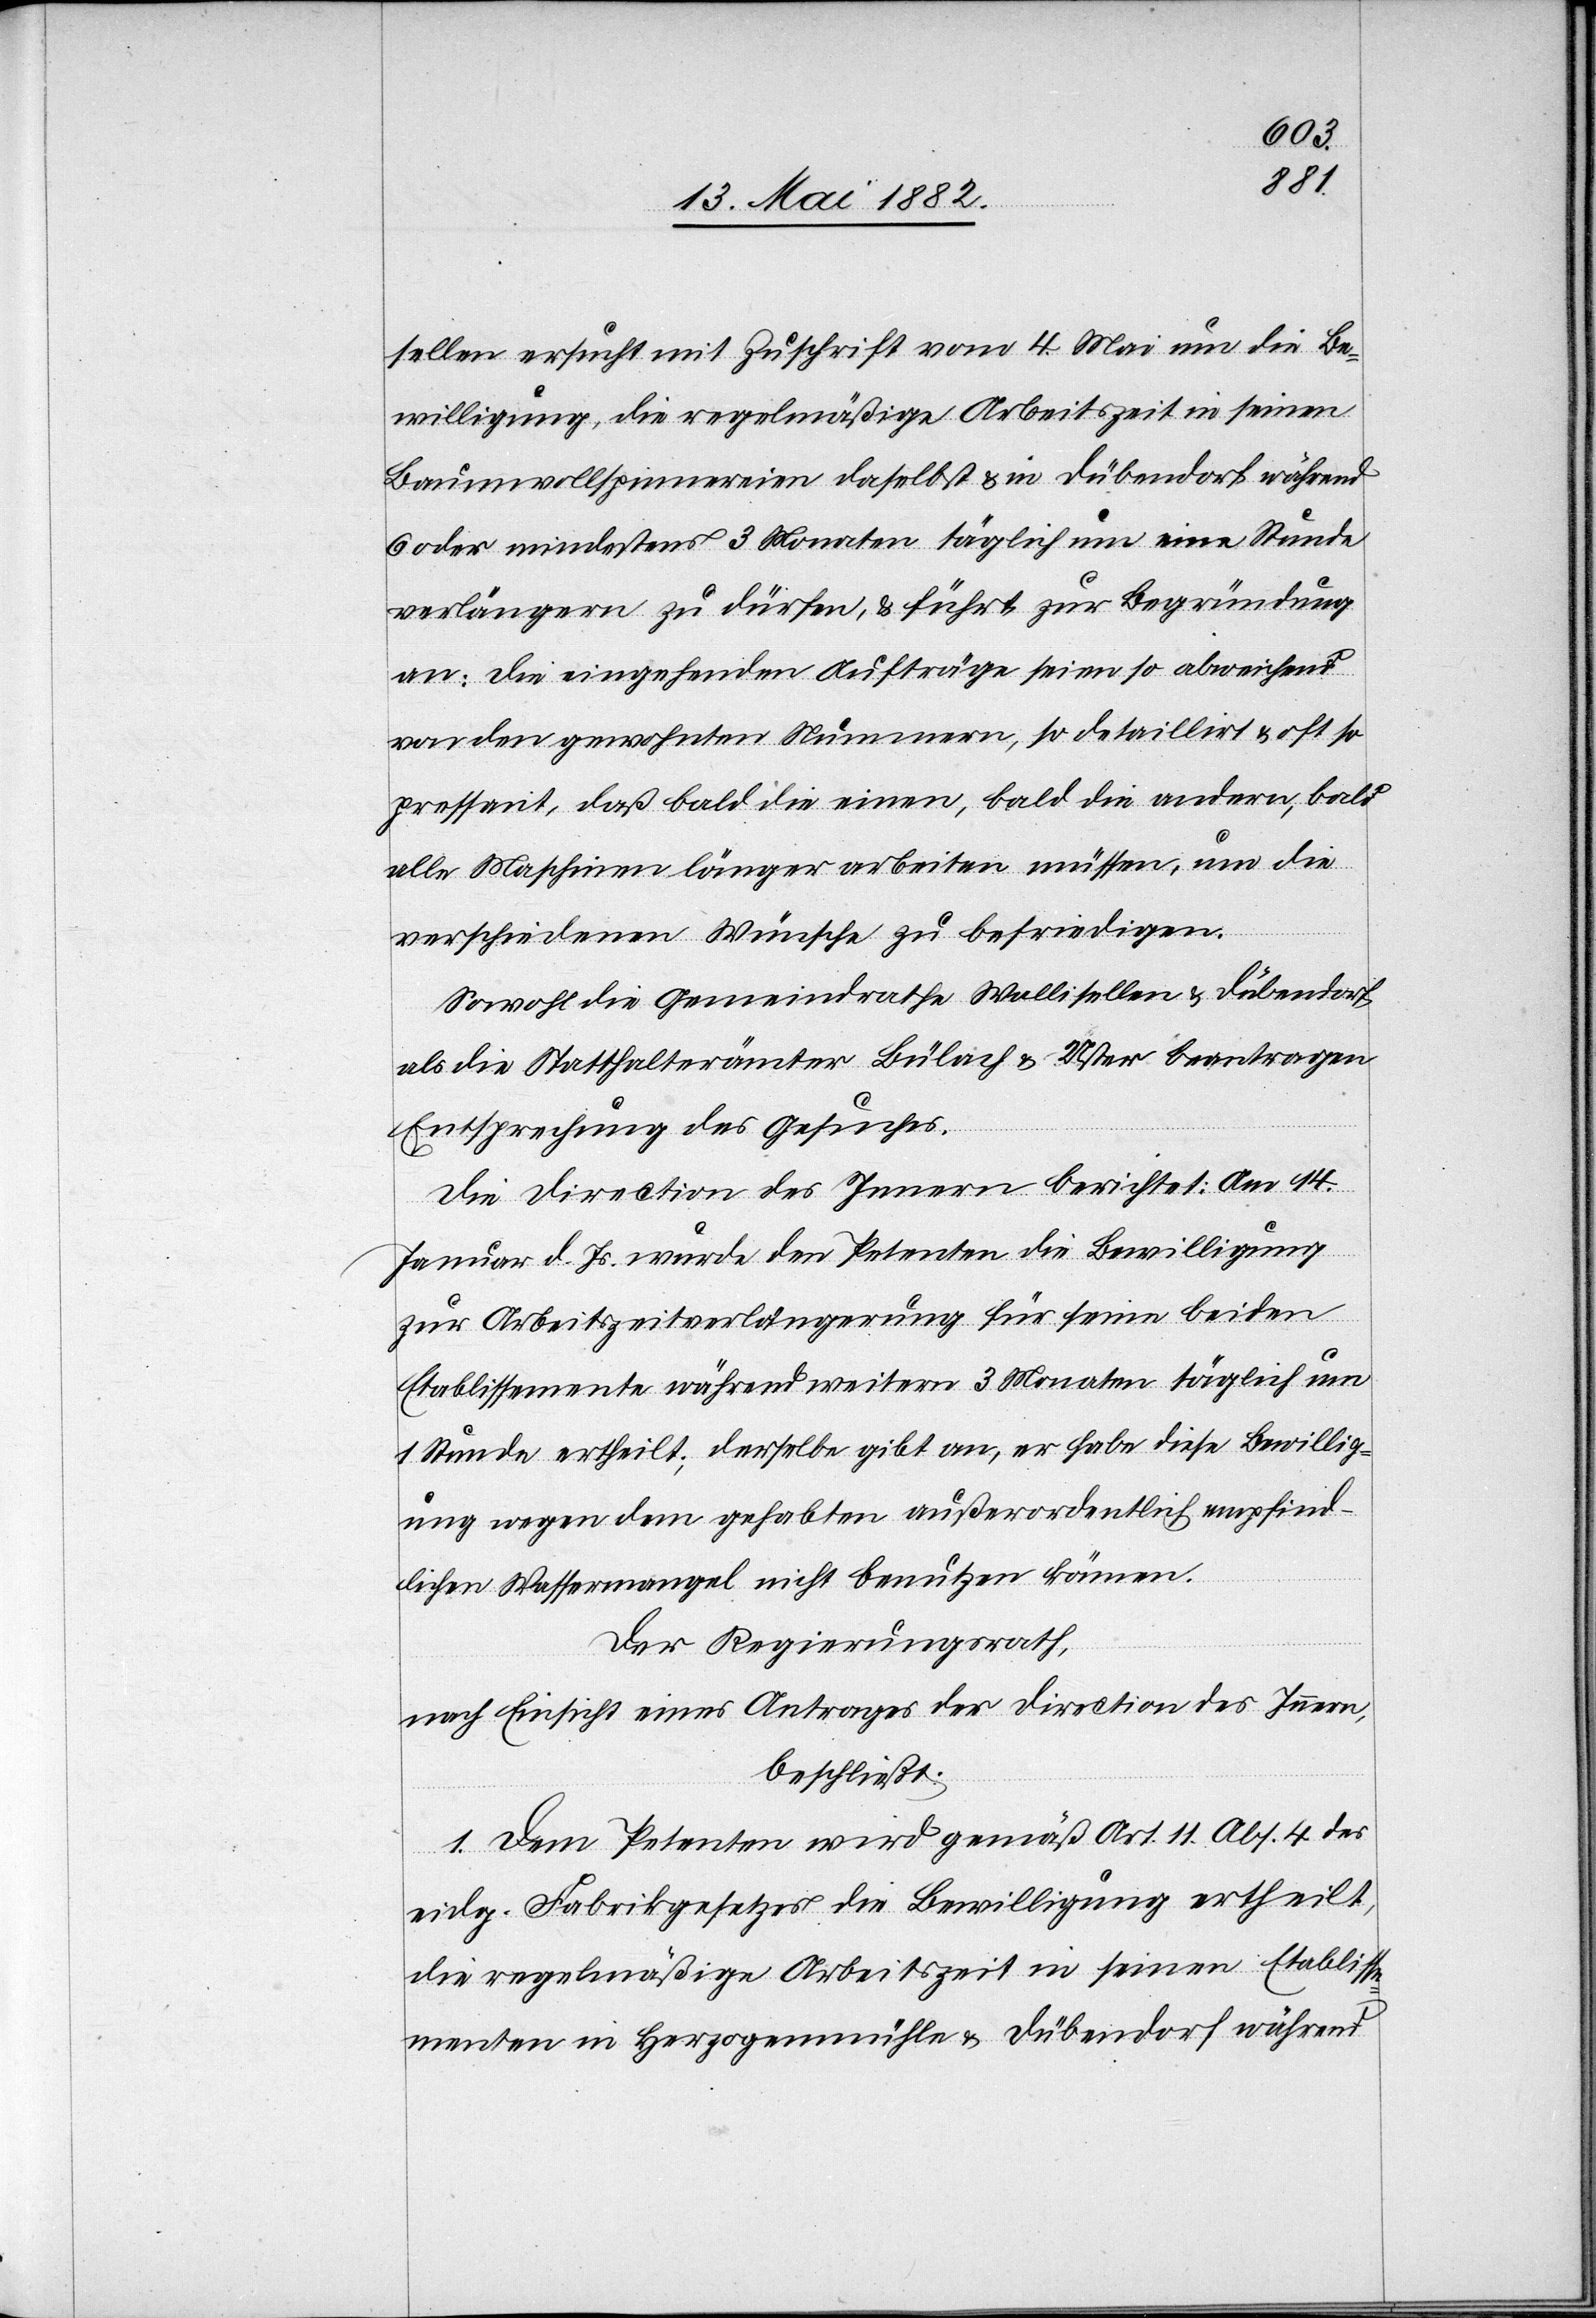
sellen ersucht mit Zuschrift vom 4. Mai um die Be¬
willigung, die regelmäßige Arbeitszeit in seinen
Baumwollspinnereien daselbst & in Dübendorf während
6 oder mindestens 3 Monaten täglich um eine Stunde
verlängern zu dürfen, & führt zur Begründung
an: Die eingehenden Aufträge seien so abweichend
von den gewohnten Nummern, so detaillirt & oft so
pressant, daß bald die einen, bald die andern, bald
alle Maschinen länger arbeiten müssen, um die
verschiedenen Wünsche zu befriedigen.
Sowohl die Gemeindräthe Wallisellen & Dübendorf
als die Statthalterämter Bülach & Uster beantragen
Entsprechung des Gesuches.
Die Direction des Innern berichtet: Am 14.
Januar d. Js. wurde den Petenten die Bewilligung
zur Arbeitszeitverlängerung für seine beiden
Etablissemente während weitern 3 Monaten täglich um
1 Stunde ertheilt; derselbe gibt an, er habe diese Bewillig¬
ung wegen dem gehabten außerordentlich empfind¬
lichen Wassermangel nicht benutzen können.
Der Regierungsrath,
nach Einsicht eines Antrages der Direction des Innern,
beschließt:
1. Dem Petenten wird gemäß Art. 11, Abs. 4 des
eidg. Fabrikgesetzes die Bewilligung ertheilt,
die regelmäßige Arbeitszeit in seinen Etablisse¬
menten in Herzogenmühle & Dübendorf während